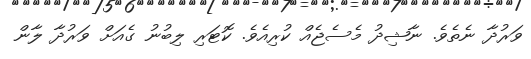
ވަރުދާ ނެތެވެ. ނާޝިދު މެސެޖެއް ކުރިއެވެ. ކޮޓަރި ލިބުނު ގެއަށް ވަރުދާ ލާން